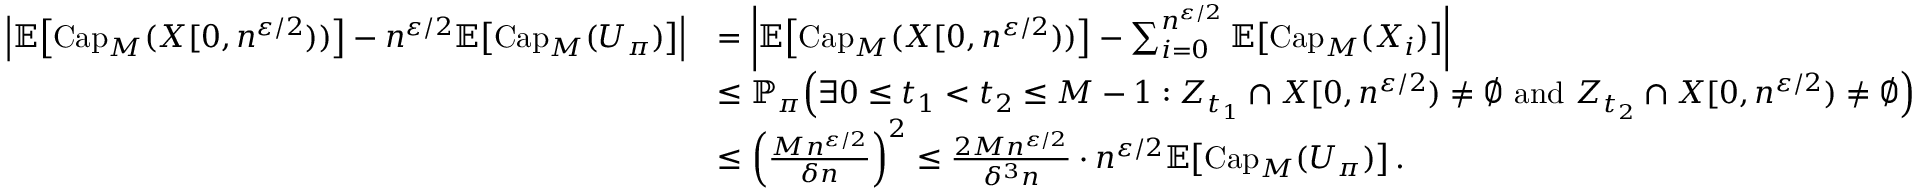
\begin{array} { r l } { \left| \mathbb { E } \! \left[ \mathrm { C a p } _ { M } ( X [ 0 , n ^ { \varepsilon / 2 } ) ) \right] - n ^ { \varepsilon / 2 } \mathbb { E } \! \left[ \mathrm { C a p } _ { M } ( U _ { \pi } ) \right] \right| } & { = \left| \mathbb { E } \! \left[ \mathrm { C a p } _ { M } ( X [ 0 , n ^ { \varepsilon / 2 } ) ) \right] - \sum _ { i = 0 } ^ { n ^ { \varepsilon / 2 } } \mathbb { E } \! \left[ \mathrm { C a p } _ { M } ( X _ { i } ) \right] \right| } \\ & { \leq \mathbb { P } _ { \pi } \! \left( \exists 0 \leq t _ { 1 } < t _ { 2 } \leq M - 1 : Z _ { t _ { 1 } } \cap X [ 0 , n ^ { \varepsilon / 2 } ) \neq \emptyset \mathrm { ~ a n d ~ } Z _ { t _ { 2 } } \cap X [ 0 , n ^ { \varepsilon / 2 } ) \neq \emptyset \right) } \\ & { \leq \left( \frac { M n ^ { \varepsilon / 2 } } { \delta n } \right) ^ { 2 } \leq \frac { 2 M n ^ { \varepsilon / 2 } } { \delta ^ { 3 } n } \cdot n ^ { \varepsilon / 2 } \mathbb { E } \! \left[ \mathrm { C a p } _ { M } ( U _ { \pi } ) \right] . } \end{array}